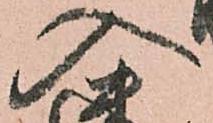
入